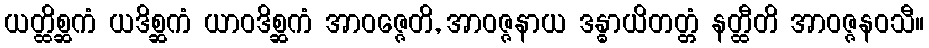
ယတ္ထိစ္ဆကံ ယဒိစ္ဆကံ ယာဝဒိစ္ဆကံ အာဝဇ္ဇေတိ, အာဝဇ္ဇနာယ ဒန္ဓာယိတတ္တံ နတ္ထီတိ အာဝဇ္ဇနဝသီ။